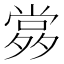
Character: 𡖹